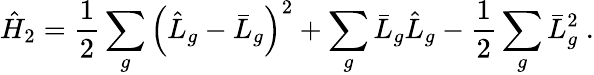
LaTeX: \hat{H}_{2}=\frac{1}{2}\sum_{g}\left(\hat{L}_{g}-\bar{L}_{g}\right)^{2}+\sum_{g}\bar{L}_{g}\hat{L}_{g}-\frac{1}{2}\sum_{g}\bar{L}_{g}^{2}~.